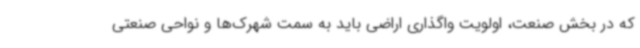
که در بخش صنعت، اولویت واگذاری اراضی باید به سمت شهرک‌ها و نواحی صنعتی